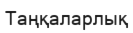
Таңқаларлық